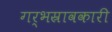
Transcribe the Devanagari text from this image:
गर्भस्रावकारी